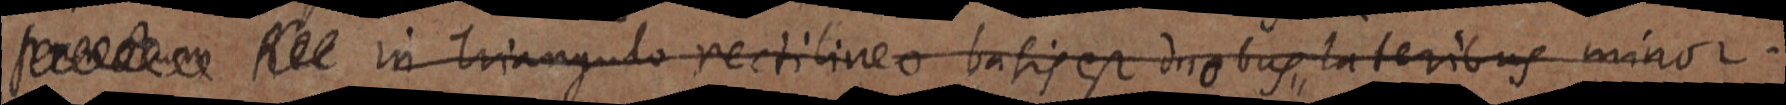
_ Rec in triangulo rectilineo basis est duobus lateribus minor.